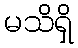
မသိရှိ